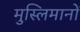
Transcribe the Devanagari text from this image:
मुस्लिमानों